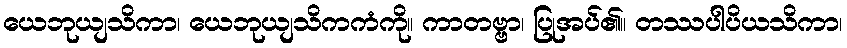
ယေဘုယျသိကာ၊ ယေဘုယျသိကကံကို။ ကာတဗ္ဗာ၊ ပြုအပ်၏။ တဿပါပိယသိကာ၊